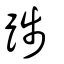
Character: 踄